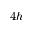
4 h